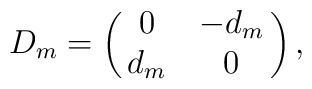
D_m = \pmatrix{0& -d_m\cr       d_m & 0 },